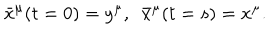
LaTeX: \bar { x } ^ { \mu } ( t = 0 ) = y ^ { \mu } , \, \, \, \bar { x } ^ { \mu } ( t = s ) = x ^ { \mu } .